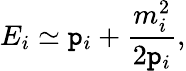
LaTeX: E_{i}\simeq\mathtt{p}_{i}+\frac{{m_{i}^{2}}}{{2\mathtt{p}_{i}}},